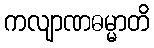
ကလျာဏဓမ္မာတိ